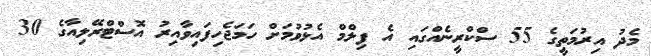
މެދު އިރުމަތީގެ 55 ސްކްރީނެއްގައި އެ ފިލްމް އެޅުވުމަށް ހަމަޖެހިފައިވާއިރު އޮސްޓްރޭލިއާގެ 30